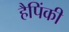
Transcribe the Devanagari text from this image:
हैपिंकी